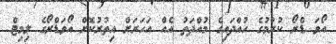
އޯވަ ޑްރޯ ކުރުމުގެ ހުއްދައިގެ މުއްދަތު އެއް އަހަރަށް އިތުރުކޮށް އޯވަޑްރޯގެ ލިމިޓް